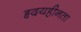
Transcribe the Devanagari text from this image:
हृदयहीनता